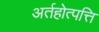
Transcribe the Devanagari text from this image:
अर्तहोत्पत्ति